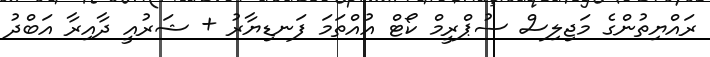
ރައްޔިތުންގެ މަޖިލިސް ސުޕްރީމް ކޯޓް އުއްތަމަ ފަނޑިޔާރު + ޝަރުއީ ދާއިރާ އަބްދު